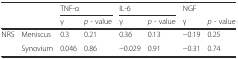
<table><thead><tr><td>[EMPTY_CELL]</td><td>[EMPTY_CELL]</td><td colspan="2"><b>TNF-α</b></td><td colspan="2"><b>IL-6</b></td><td><b>NGF</b></td><td>[EMPTY_CELL]</td></tr><tr><td>[EMPTY_CELL]</td><td>[EMPTY_CELL]</td><td><b>γ</b></td><td><b><i>p</i> - value</b></td><td><b>γ</b></td><td><b><i>p</i> - value</b></td><td><b>γ</b></td><td><b><i>p</i> - value</b></td></tr></thead><tbody><tr><td rowspan="2">NRS</td><td>Meniscus</td><td>0.3</td><td>0.21</td><td>0.36</td><td>0.13</td><td>−0.19</td><td>0.25</td></tr><tr><td>Synovium</td><td>0.046</td><td>0.86</td><td>−0.029</td><td>0.91</td><td>−0.31</td><td>0.74</td></tr></tbody></table>